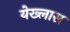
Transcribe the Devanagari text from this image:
येख्लास